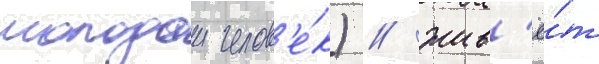
молодои челов'е́к) / жив'ё́т